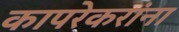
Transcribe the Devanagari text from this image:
कापरेकरांना